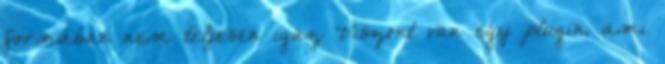
formában nem teljesen igaz Viszont van egy plugin, ami